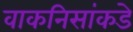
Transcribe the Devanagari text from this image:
वाकनिसांकडे